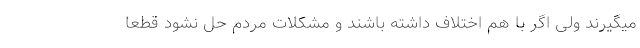
میگیرند ولی اگر با هم اختلاف داشته باشند و مشکلات مردم حل نشود قطعا